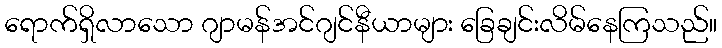
ရောက်ရှိလာသော ဂျာမန်အင်ဂျင်နီယာများ ခြေချင်းလိမ်နေကြသည်။